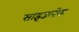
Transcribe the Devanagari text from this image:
साइडलोड